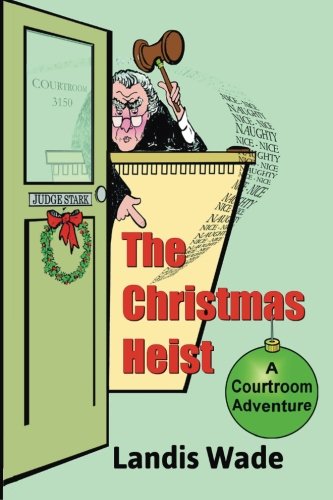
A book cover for The Christmas Heist: A Courtroom Adventure; Landis Wade; Science Fiction & Fantasy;